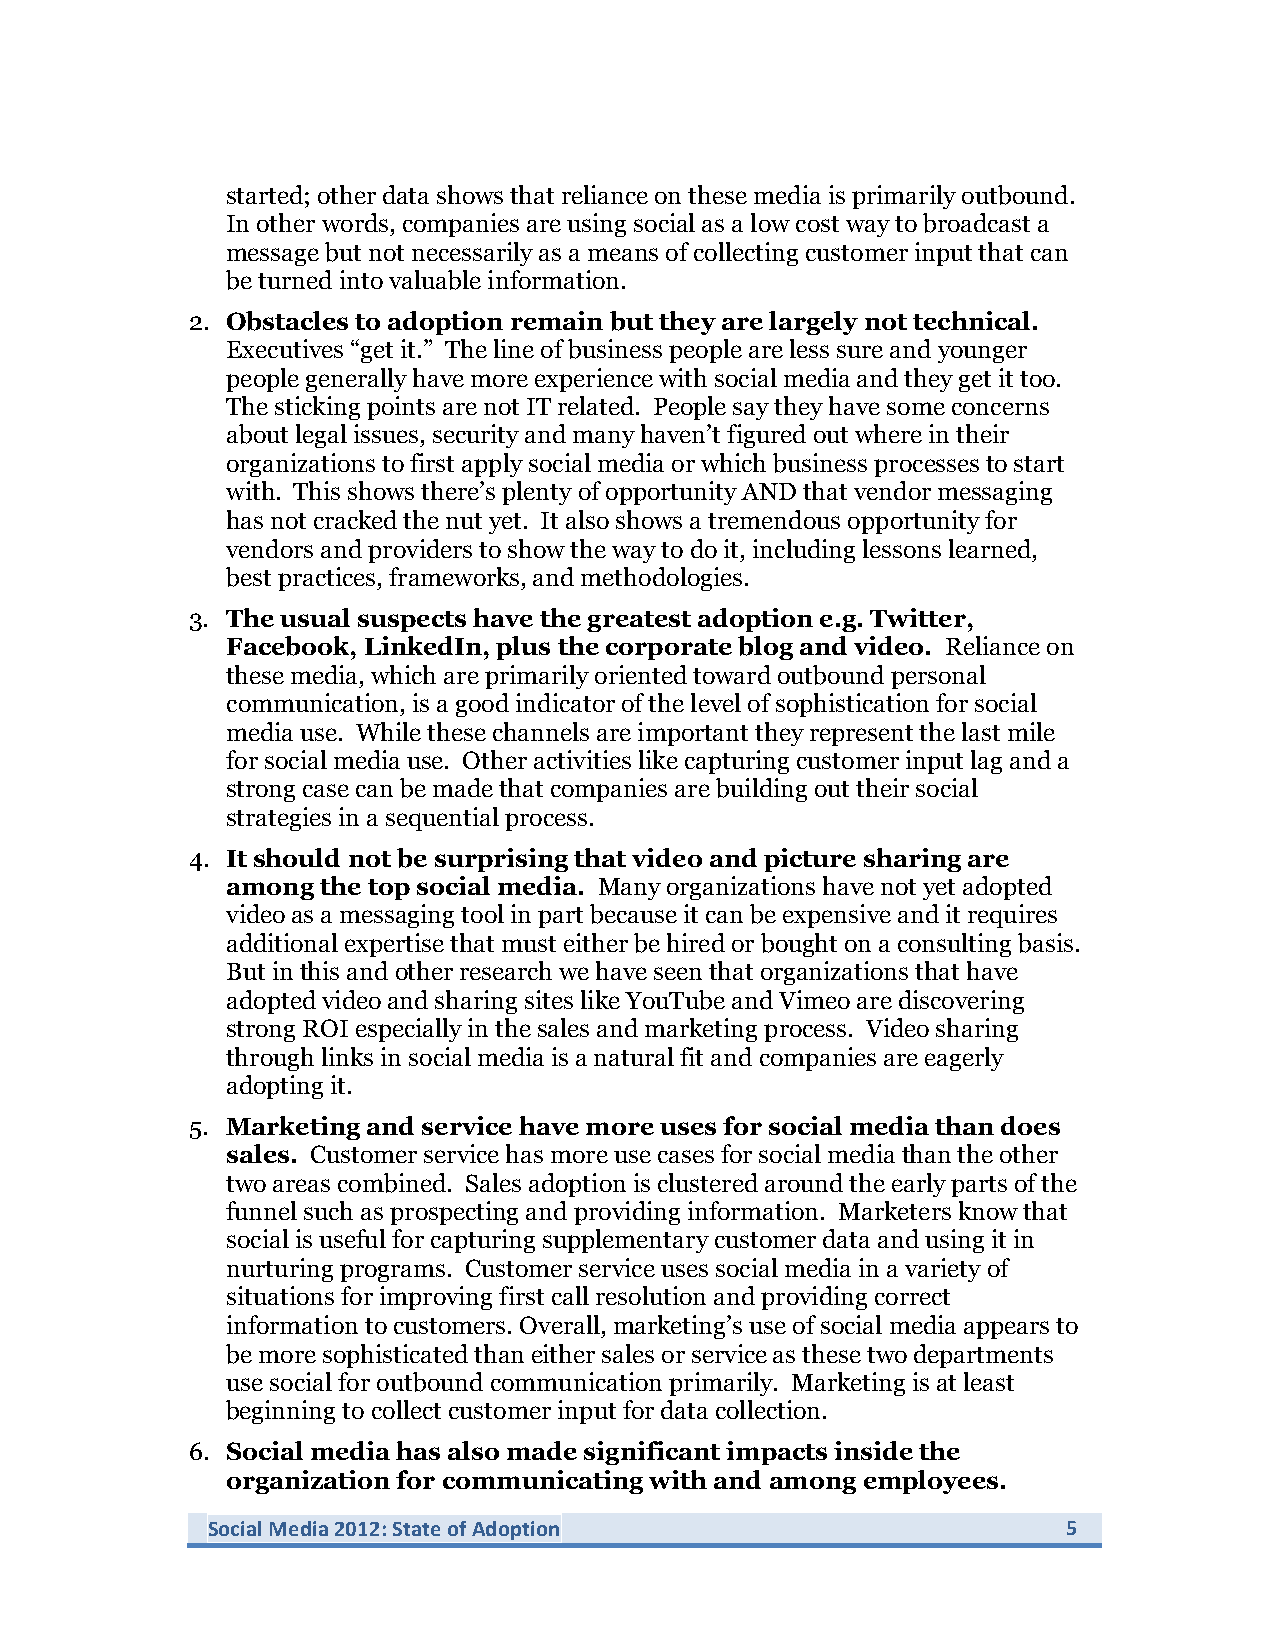
started; other data shows that reliance on these media is primarily outbound.
 In other words, companies are using social as a low cost way to broadcast a
 message but not necessarily as a means of collecting customer input that can
 be turned into valuable information.
 2. Obstacles to adoption remain but they are largely not technical.
 Executives “get it.” The line of business people are less sure and younger
 people generally have more experience with social media and they get it too.
 The sticking points are not IT related. People say they have some concerns
 about legal issues, security and many haven’t figured out where in their
 organizations to first apply social media or which business processes to start
 with. This shows there’s plenty of opportunity AND that vendor messaging
 has not cracked the nut yet. It also shows a tremendous opportunity for
 vendors and providers to show the way to do it, including lessons learned,
 best practices, frameworks, and methodologies.
 3. The usual suspects have the greatest adoption e.g. Twitter,
 Facebook, LinkedIn, plus the corporate blog and video. Reliance on
 these media, which are primarily oriented toward outbound personal
 communication, is a good indicator of the level of sophistication for social
 media use. While these channels are important they represent the last mile
 for social media use. Other activities like capturing customer input lag and a
 strong case can be made that companies are building out their social
 strategies in a sequential process.
 4. It should not be surprising that video and picture sharing are
 among the top social media. Many organizations have not yet adopted
 video as a messaging tool in part because it can be expensive and it requires
 additional expertise that must either be hired or bought on a consulting basis.
 But in this and other research we have seen that organizations that have
 adopted video and sharing sites like YouTube and Vimeo are discovering
 strong ROI especially in the sales and marketing process. Video sharing
 through links in social media is a natural fit and companies are eagerly
 adopting it.
 5. Marketing and service have more uses for social media than does
 sales. Customer service has more use cases for social media than the other
 two areas combined. Sales adoption is clustered around the early parts of the
 funnel such as prospecting and providing information. Marketers know that
 social is useful for capturing supplementary customer data and using it in
 nurturing programs. Customer service uses social media in a variety of
 situations for improving first call resolution and providing correct
 information to customers. Overall, marketing’s use of social media appears to
 be more sophisticated than either sales or service as these two departments
 use social for outbound communication primarily. Marketing is at least
 beginning to collect customer input for data collection.
 6. Social media has also made significant impacts inside the
 organization for communicating with and among employees.
 Social Media 2012: State of Adoption                     5